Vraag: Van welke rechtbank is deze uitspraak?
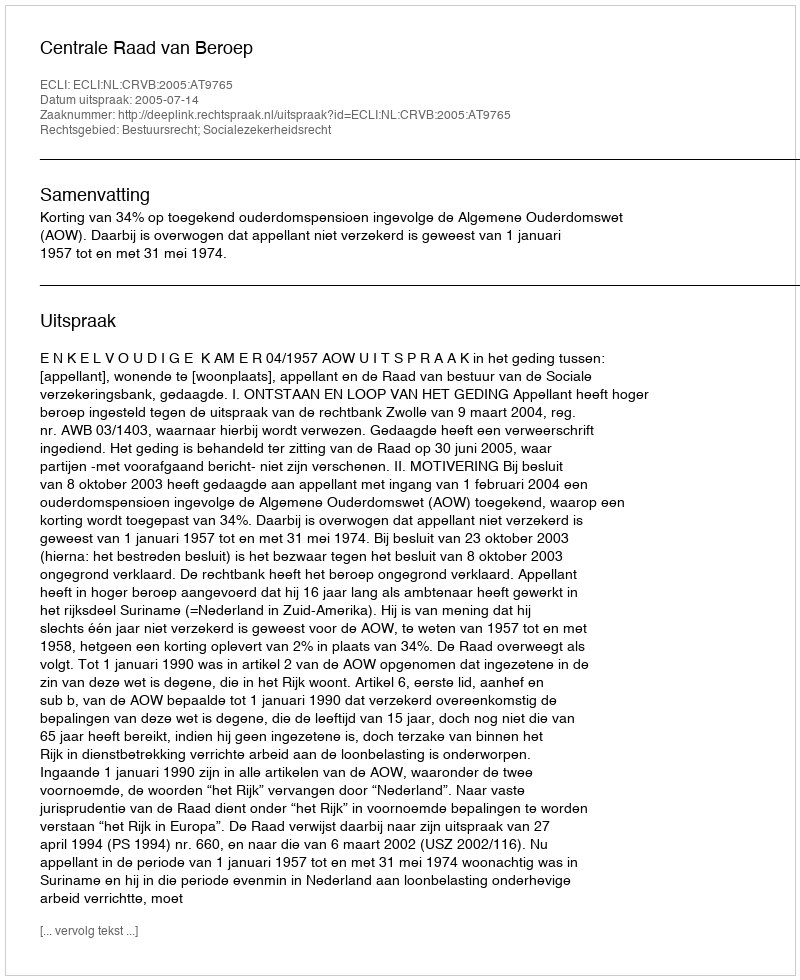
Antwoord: Centrale Raad van Beroep